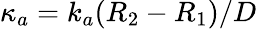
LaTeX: \kappa_{a}=k_{a}(R_{2}-R_{1})/D